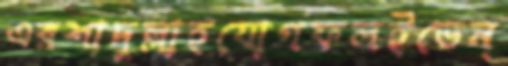
এরশাদুল্লাহযোগফলইভেন্